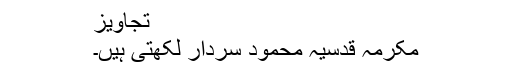
تجاویز
مکرمہ قدسیہ محمود سردار لکھتی ہیں۔